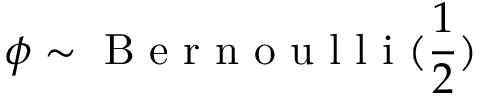
\phi \sim \textrm { B e r n o u l l i } ( \frac { 1 } { 2 } )